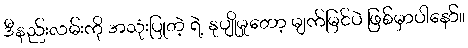
ဒီနည်းလမ်းကို အသုံးပြုတဲ့ ရဲ့ နုပျိုမှုတော့ မျက်မြင်ပဲ ဖြစ်မှာပါနော်။